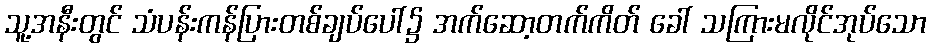
သူ့အနီးတွင် သံပန်းကန်ပြားတစ်ချပ်ပေါ်၌ အက်ဆော့တက်ကိတ် ခေါ် သကြားမလိုင်အုပ်သော